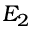
E _ { 2 }